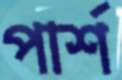
পার্শ